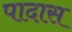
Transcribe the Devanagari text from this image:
पादास